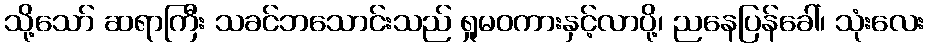
သို့သော် ဆရာကြီး သခင်ဘသောင်းသည် ရှုမဝကားနှင့်လာပို့၊ ညနေပြန်ခေါ်၊ သုံးလေး